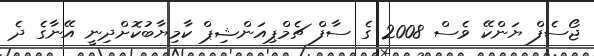
ޖޯސެފް ޔަންކޭ ވެސް 2008 ގެ ސާފް ޗެމްޕިއަންޝިޕް ކާމިޔާބުކޮށްދިނީ އޭނާގެ ދެ